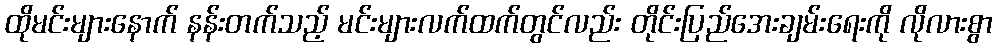
ထိုမင်းများနောက် နန်းတက်သည့် မင်းများလက်ထက်တွင်လည်း တိုင်းပြည်အေးချမ်းရေးကို လိုလားစွာ